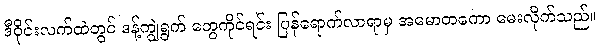
ဒီဝိုင်းလက်ထဲတွင် ဒန့်ကျွဲရွက် တွေကိုင်ရင်း ပြန်ရောက်လာရာမှ အမောတကော မေးလိုက်သည်။